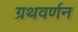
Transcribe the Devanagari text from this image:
ग्रथवर्णन